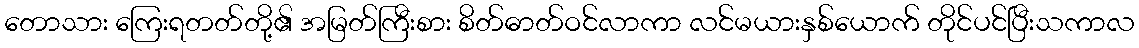
တောသား ကြေးရတတ်တို့၏ အမြတ်ကြီးစား စိတ်ဓာတ်ဝင်လာကာ လင်မယားနှစ်ယောက် တိုင်ပင်ပြီးသကာလ